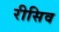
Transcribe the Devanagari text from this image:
रीसिव